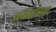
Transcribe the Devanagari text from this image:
नम्पियाटिक्कल